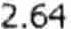
2.64